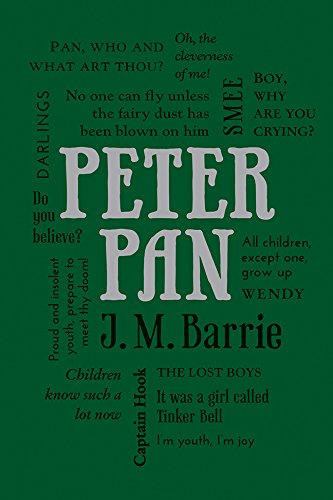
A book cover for Peter Pan (Word Cloud Classics); J. M. Barrie; Literature & Fiction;